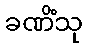
ခဏိံသု